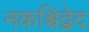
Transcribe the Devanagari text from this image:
नकश्चिद्वेद